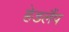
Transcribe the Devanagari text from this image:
हेडलैंप